Report of the King Institute of Preventive Medicine, Guindy
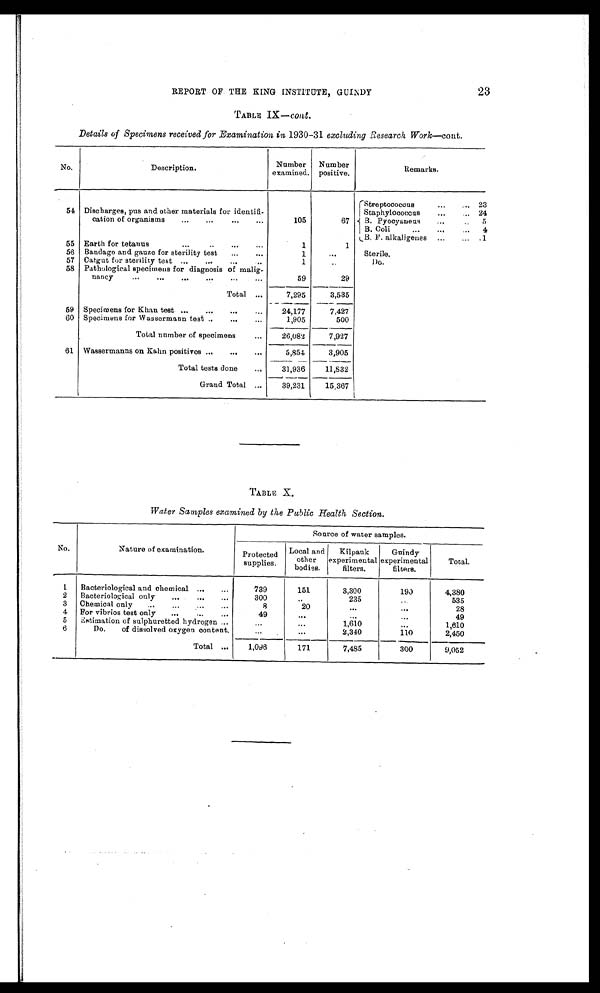
REPORT OF THE KING INSTITUTE, GUINDY
23
TABLE IX— cont.
Details of Specimens received for Examination in 1930-31 excluding Research Work— cont.
No.
Description.
Number
examined.
Number
positive.
Remarks.
Streptococcus 23
Staphylococcus 24
B. Pyocyaneus 5
B. Coli 4
B. F. alkaligenes ·1
55 Earth for tetanus
1
1
56 Bandage and gauze for sterility test
1
Sterile.
57 Catgut for sterility test
1
Do.
58 Pathological specimens for diagnosis of malig
¬nancy
59
29
Total
7,295
3,535
59 Specimens for Khan test
24,177
7,427
60 Specimens for Wassermann test
1,905
500
Total number of specimens
26,082
7,927
61 Wassermanns on Kahn positives
5,854
3,905
Total tests done
31,936
11,832
Grand Total
39,231
15,367
TABLE X.
Water Samples examined by the Public Health Section.
Protected
supplies.
Local and
other
bodies.
Kilpauk
experimental
filters.
Guindy
experimental
filters.
Total.
1
Bacteriological and chemical
739
151
3,300
190
4,380
2
Bacteriological only
300
235
535
3
Chemical only
8
20
28
4
For vibrios test only
49
49
5
Estimation of sulphuretted hydrogen
1,610
1,610
6
Do. of dissolved oxygen content.
2,340
110
2,450
Total
1,096
171
7,485
300
9,052